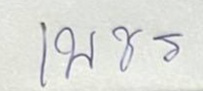
เพชร